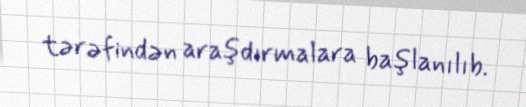
tərəfindən araşdırmalara başlanılıb.